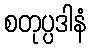
စတုပ္ပဒါနံ